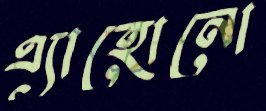
এ্যাহোনো